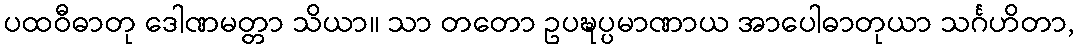
ပထဝီဓာတု ဒေါဏမတ္တာ သိယာ။ သာ တတော ဥပဍ္ဎပ္ပမာဏာယ အာပေါဓာတုယာ သင်္ဂဟိတာ,